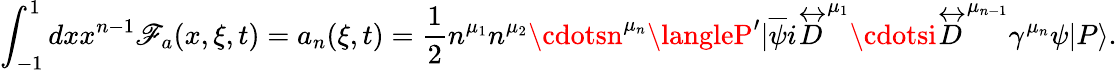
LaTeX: \int_{-1}^{1}dxx^{n-1}\mathscr{F}_{a}(x,\xi,t)=a_{n}(\xi,t)={\frac{{1}}{{2}}}n^{\mu_{1}}n^{\mu_{2}}\cdotsn^{\mu_{n}}\langleP^{\prime}|\overline{{{\psi}}}i\stackrel{\leftrightarrow}{D}^{\mu_{1}}\cdotsi\stackrel{\leftrightarrow}{D}^{\mu_{n-1}}\gamma^{\mu_{n}}\psi|P\rangle.